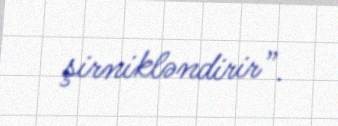
şirnikləndirir”.